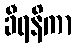
ခီရနိကာ